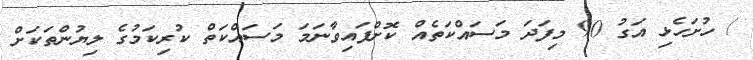
/ ހުށަހެޅި އަގު 90 މިފަދަ މަސައްކަތެއް ކޮށްފައިވާނަމަ މަސައްކަތް ކުރިކަމުގެ ލިޔުންތަކަށް